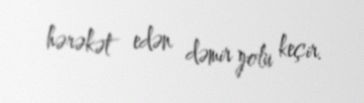
hərəkət edən dəmir yolu keçir.